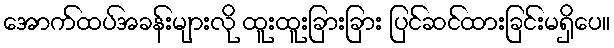
အောက်ထပ်အခန်းများလို ထူးထူးခြားခြား ပြင်ဆင်ထားခြင်းမရှိပေ။